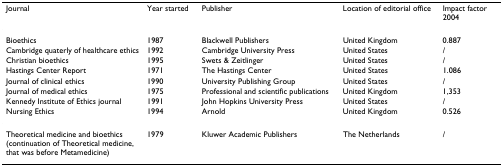
<table><thead><tr><td><b>Journal</b></td><td><b>Year started</b></td><td><b>Publisher</b></td><td><b>Location of editorial office</b></td><td><b>Impact factor 2004</b></td></tr></thead><tbody><tr><td>Bioethics</td><td>1987</td><td>Blackwell Publishers</td><td>United Kingdom</td><td>0.887</td></tr><tr><td>Cambridge quaterly of healthcare ethics</td><td>1992</td><td>Cambridge University Press</td><td>United States</td><td>/</td></tr><tr><td>Christian bioethics</td><td>1995</td><td>Swets &amp; Zeitlinger</td><td>United States</td><td>/</td></tr><tr><td>Hastings Center Report</td><td>1971</td><td>The Hastings Center</td><td>United States</td><td>1.086</td></tr><tr><td>Journal of clinical ethics</td><td>1990</td><td>University Publishing Group</td><td>United States</td><td>/</td></tr><tr><td>Journal of medical ethics</td><td>1975</td><td>Professional and scientific publications</td><td>United Kingdom</td><td>1,353</td></tr><tr><td>Kennedy Institute of Ethics journal</td><td>1991</td><td>John Hopkins University Press</td><td>United States</td><td>/</td></tr><tr><td>Nursing Ethics</td><td>1994</td><td>Arnold</td><td>United Kingdom</td><td>0.526</td></tr><tr><td>Theoretical medicine and bioethics (continuation of Theoretical medicine, that was before Metamedicine)</td><td>1979</td><td>Kluwer Academic Publishers</td><td>The Netherlands</td><td>/</td></tr></tbody></table>